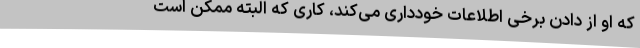
که او از دادن برخی اطلاعات خودداری می‌کند، کاری که البته ممکن است